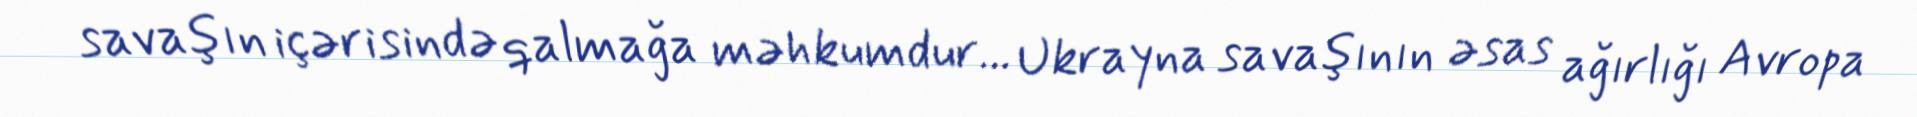
savaşın içərisində qalmağa məhkumdur... Ukrayna savaşının əsas ağırlığı Avropa